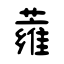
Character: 蕹